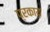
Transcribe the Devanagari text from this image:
प्रकाय़